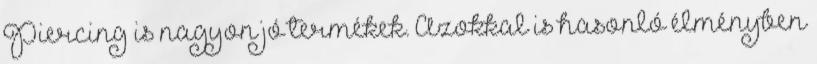
Piercing is nagyon jó termékek. Azokkal is hasonló élményben